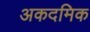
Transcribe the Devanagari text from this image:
अकदमिक